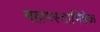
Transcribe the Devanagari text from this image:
महामस्ताभिषेक